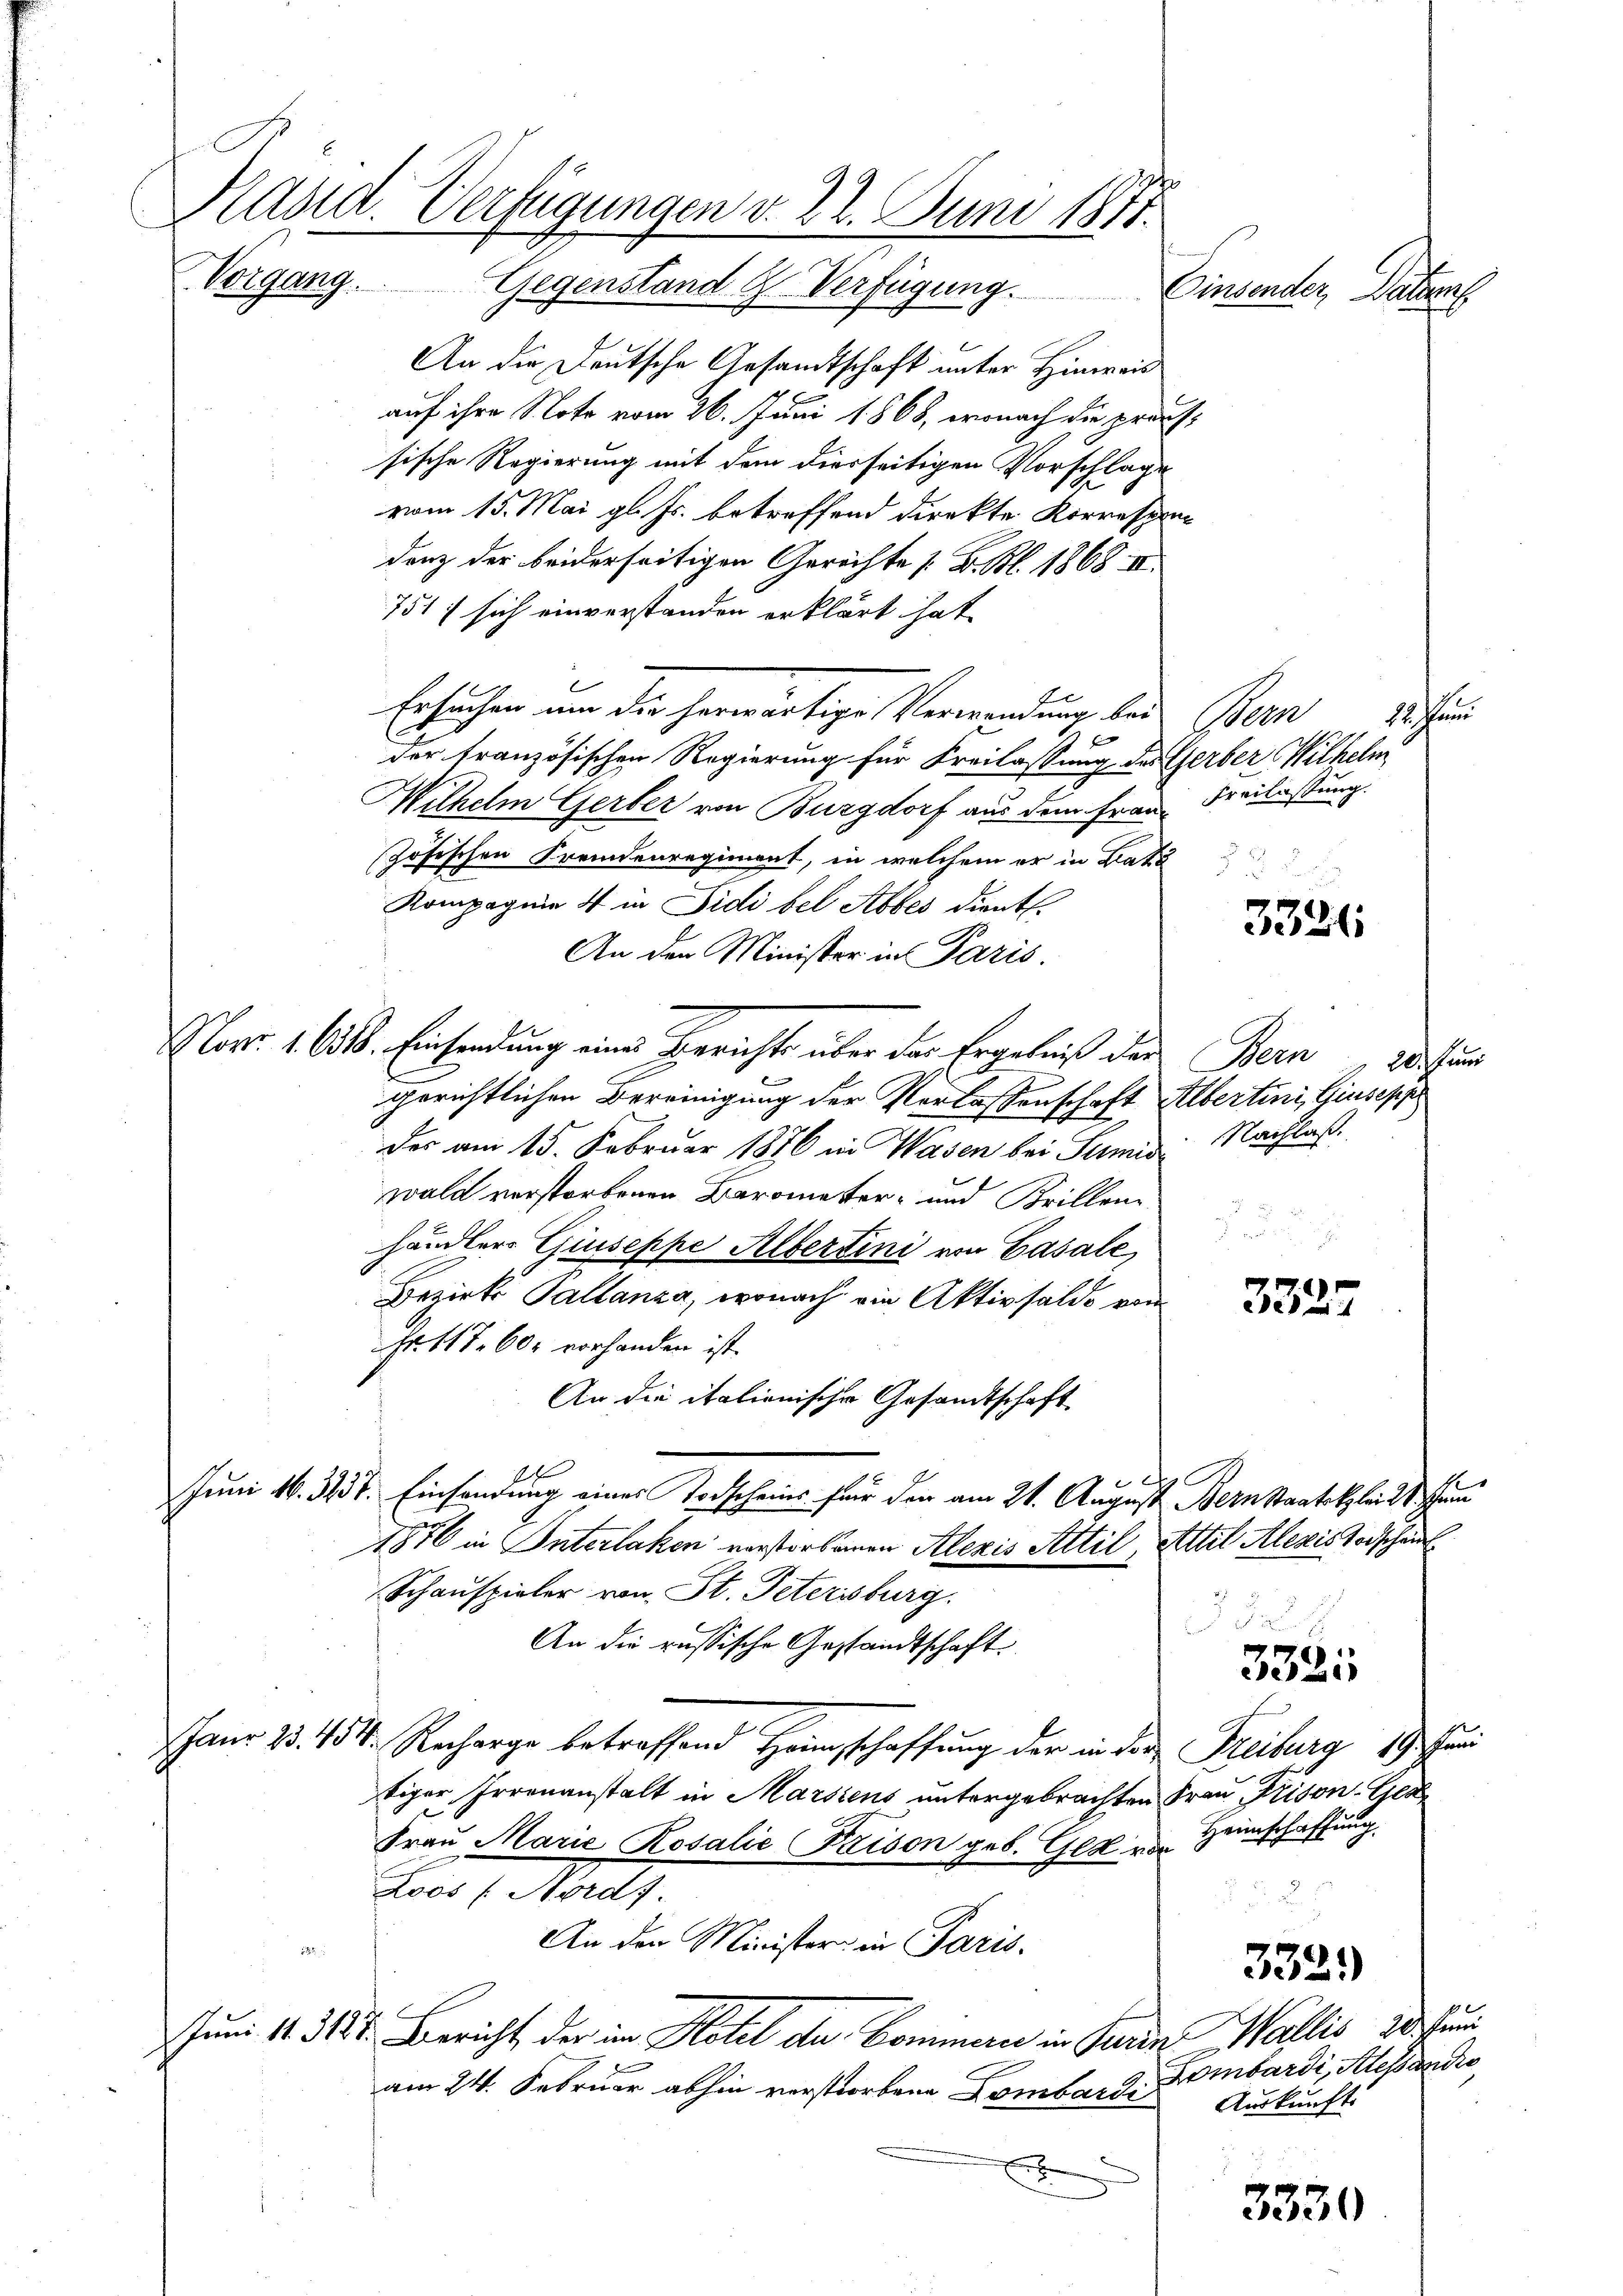
s

Vorgang. Gegenstand & Verfügung.
An die Deutsche Gesandtschaft unter Hinreis
auf ihre Note vom 26. Juni 1868, wonach die prach
sische Regierung mit dem diesseitigen Vorschlage
vom 15. Mai gl. Js. betreffend direkte Korrespondenz der beiderseitigen Gerichte s. B. Bl. 1868 II
751 sich einverstanden erklärt hat
Ersuchen um der herwärtige Verwendung bei Bern Rechten
 x
der französischen Regierung für Freilassung des Gerber Wilhelm
Wilhelm Gerber von Burgdorf aus dem Frau Freilastung.
zösischen Fremdenregiment, in welchem er in Zaka
Kompagnie 4 in Sidi bel Abbes dientl.
An den Minister in Paris.
Nov. 1. Alb. Einsendung eine Berichte über das Ergebniß des Bern
gerichtlichen Bereinigung der Verlassenschaft Albertini, Giusepp
der am 15. Februar 1876 in Wasen bei Sumis Nachlaß
wald verstorbenen Barometer- und Brillen
händlers Giuseppe Albertini von Gasale,
Bezirk Pallanza, wonach ein Aktivsaldo von
Fr. 117. 60 vorhanden ist.
An die italienische Gesandtschaft
1
de
Juni 16. 337. Einsendung eines Todscheins für der am 21. August Bern Staatsklein 18. Juni
1876 in Interlaken verstorbenen Alexis Attil, Attil Alexis Todscha
Schauspieler von St. Petersburg.

An die russische Gestandtschaft.
Janr 23. 454. Recharge betreffend Heimschaffung der in der Freiburg 19 un
tiger Irrenanstalt in Marsiens untergebrachten Frau Prison. Gla
Frau Marie Rosalić Kison geb. Gls u. Heimschaffung
Loos / Nördf.
.
An den Minister in Paris.
Juni 14. 318. Bericht der im Hotel der Commern in Turin Wallis der kun
am 24. Februar abhin verstorbene Dombardi
2

Kasta. Verfügungen d. 22. Juni 1871.

Einsender, Datum

3326

20. Juni

3381

1)
3381

Lombardi, Alesandte
Auskunft

3330